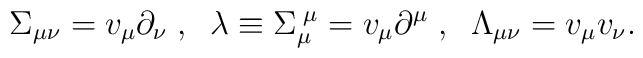
\Sigma _{\mu \nu }=v_{\mu }\partial _{\nu }\;,\;\;\lambda \equiv \Sigma_{\mu }^{\;\mu }=v_{\mu }\partial ^{\mu }\;,\;\;\Lambda _{\mu \nu }=v_{\mu}v_{\nu }.